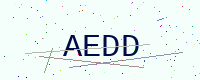
Text: AEDD